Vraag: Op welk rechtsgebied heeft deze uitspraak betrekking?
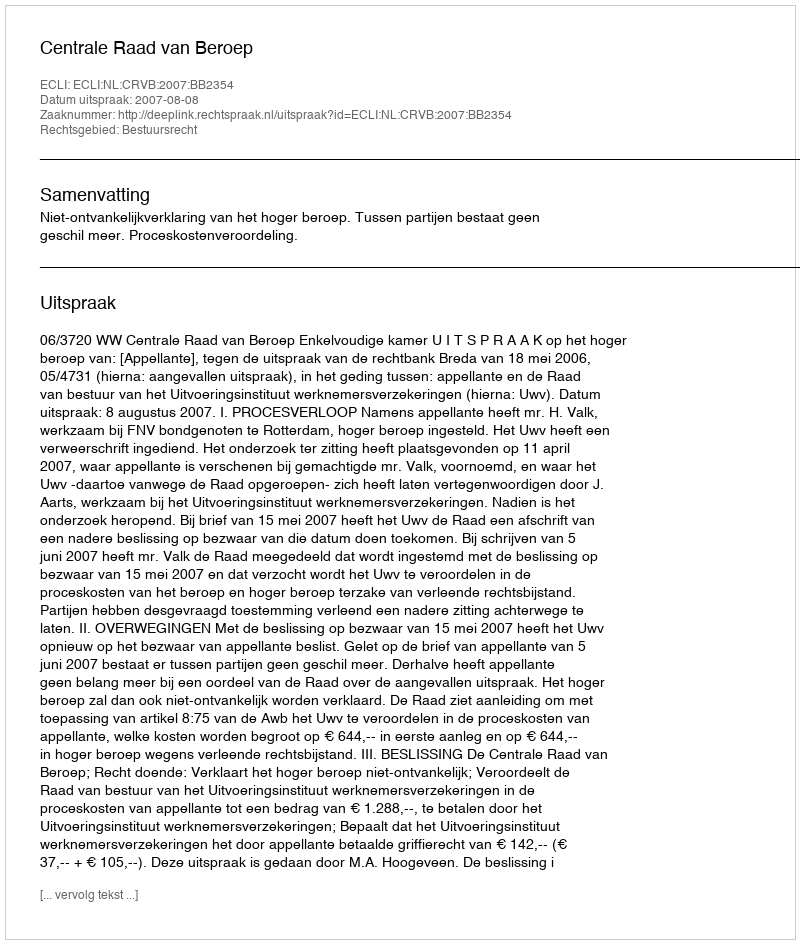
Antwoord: Bestuursrecht